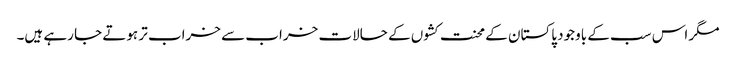
مگر اس سب کے باوجود پاکستان کے محنت کشوں کے حالات خراب سے خراب تر ہوتے جا رہے ہیں۔